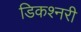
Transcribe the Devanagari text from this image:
डिकश्नरी